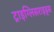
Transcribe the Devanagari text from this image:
ट्राइग्लिसराइड्स